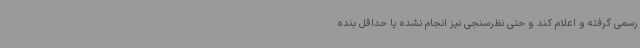
رسمی گرفته و اعلام کند و حتی نظرسنجی نیز انجام نشده یا حداقل بنده